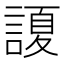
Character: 𲁲